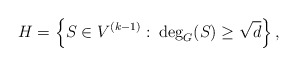
\begin{align*} H=\left\{S \in V^{(k-1)}:\: \deg_{G}(S)\geq \sqrt{d}\right\},\end{align*}